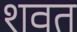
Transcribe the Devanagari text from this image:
शवत